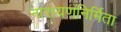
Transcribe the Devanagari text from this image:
नारायणनिर्मिता